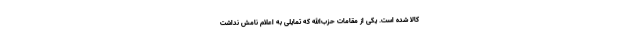
کالا شده است. یکی از مقامات حزب‌الله که تمایلی به اعلام نامش نداشت